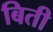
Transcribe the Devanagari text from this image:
बिती